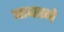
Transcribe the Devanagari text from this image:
बाबरने